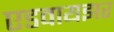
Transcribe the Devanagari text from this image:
एडवायझर